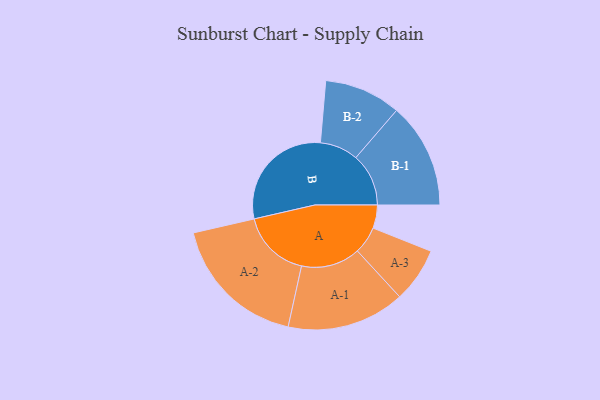
{"axis": {"x": "Segment", "y": "Value"}, "legend": ["", "A", "B"], "data": [{"x": "A", "y": 100, "type": ""}, {"x": "B", "y": 497, "type": ""}, {"x": "A-1", "y": 254, "type": "A"}, {"x": "A-2", "y": 298, "type": "A"}, {"x": "A-3", "y": 118, "type": "A"}, {"x": "B-1", "y": 227, "type": "B"}, {"x": "B-2", "y": 165, "type": "B"}]}